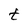
Character: t